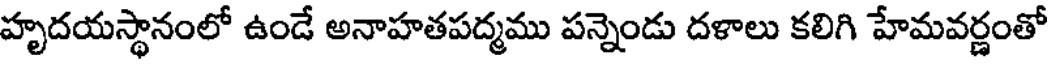
హృదయస్థానంలో ఉండే అనాహతపద్మము పన్నెండు దళాలు కలిగి హేమవర్ణంతో